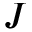
J